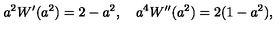
a ^ { 2 } W ^ { \prime } ( a ^ { 2 } ) = 2 - a ^ { 2 } , \quad a ^ { 4 } W ^ { \prime \prime } ( a ^ { 2 } ) = 2 ( 1 - a ^ { 2 } ) ,